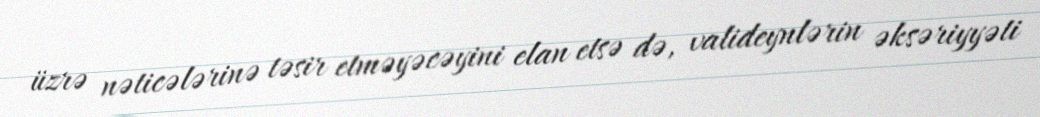
üzrə nəticələrinə təsir etməyəcəyini elan etsə də, valideynlərin əksəriyyəti